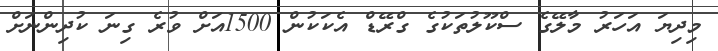
މިދިޔަ އަހަރު މާލޭގެ ސްކޫލުތަކުގެ ގްރޭޑް އެކަކުން 1500އަށް ވުރެ ގިނަ ކުދިންނަށް